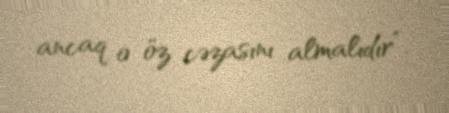
ancaq o öz cəzasını almalıdır”.